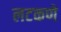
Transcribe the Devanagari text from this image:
लटकणे